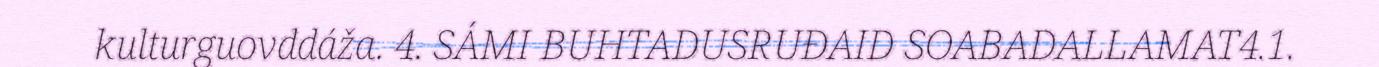
kulturguovddáža. 4. SÁMI BUHTADUSRUĐAID SOABADALLAMAT4.1.